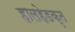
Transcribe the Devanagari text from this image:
हालहेडकृत